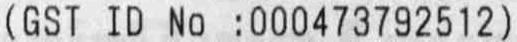
(GST ID NO :000473792512)